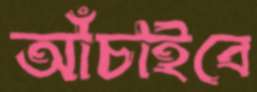
আঁচাইবে